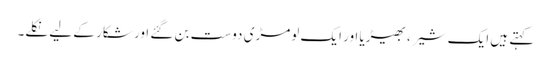
کہتے ہیں ایک شیر ، بھیڑیا اور ایک لومڑی دوست بن گئے اور شکار کے لیے نکلے۔